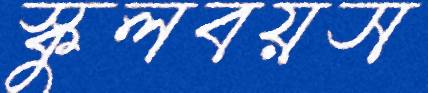
স্কুলবয়স